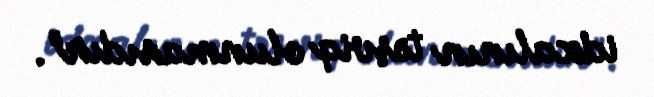
idxalının təşviq olunmasıdır".